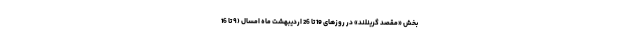
بخش «مقصد گرینلند» در روزهای 19 تا 26 اردیبهشت ماه امسال (۹ تا 16